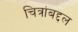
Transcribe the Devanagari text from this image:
चित्रांबद्दल